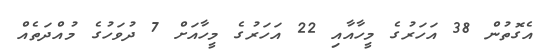
އެގޮތުން 38 އަހަރުގެ މީހާއާއި 22 އަހަރުގެ މީހާއަށް 7 ދުވަހުގެ މުއްދަތެއް